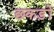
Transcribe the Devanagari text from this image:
छकड़ों